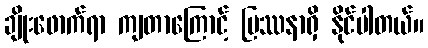
ချိုးဖောက်ရာ ကျတာကြောင့် ပြဿနာရှိ နိုင်ပါတယ်။